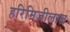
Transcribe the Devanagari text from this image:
हरिमिजीलाल